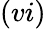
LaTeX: (vi)